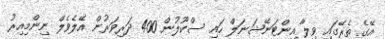
އޭގެ ތެރޭގައި ވިލާ އިންޓަނޭޝަނަލް ހައި ސްކޫލުން 400 ދަރިވަރުން އޭލެވެލް ނިންމިއިރު